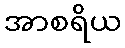
အာစရိယ